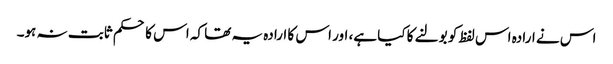
اس نے ارادہ اس لفظ کو بولنے کا کیا ہے، اور اس کا ارادہ یہ تھا کہ اس کا حکم ثابت نہ ہو۔